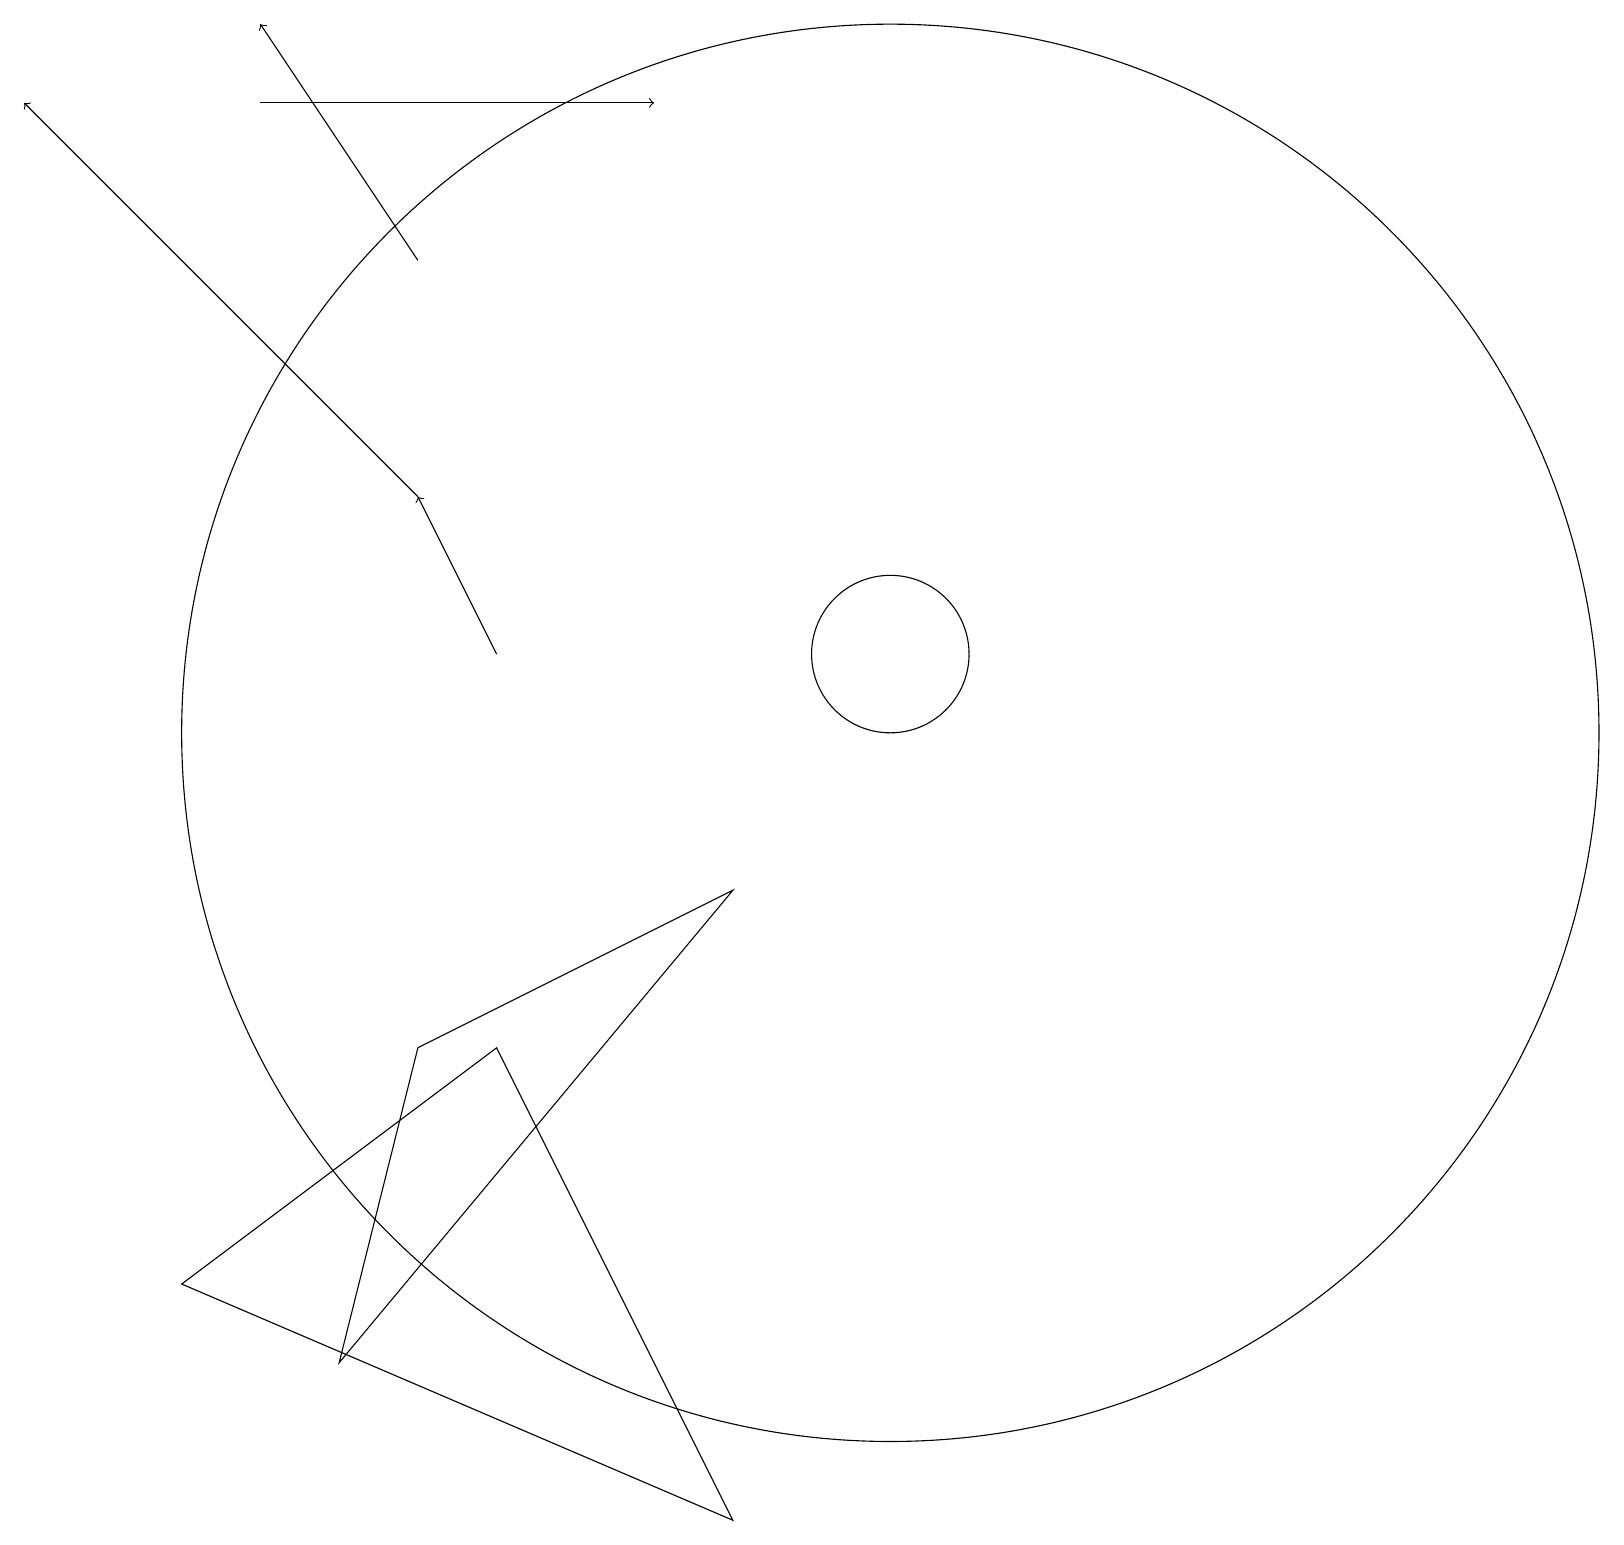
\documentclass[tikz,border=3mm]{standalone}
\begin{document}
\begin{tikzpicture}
\draw[->] (6,11) -- (5,13);
\draw (2,3) -- (9,0) -- (6,6) -- cycle;
\draw (11,11) circle (1);
\draw[->] (5,16) -- (3,19);
\draw (5,6) -- (4,2) -- (9,8) -- cycle;
\draw (11,10) circle (9);
\draw[->] (5,13) -- (0,18);
\draw[->] (3,18) -- (8,18);
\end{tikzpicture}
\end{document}